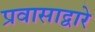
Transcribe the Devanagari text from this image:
प्रवासाद्वारे